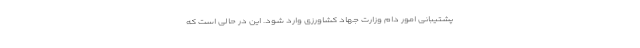
پشتیبانی امور دام وزارت جهاد کشاورزی وارد شود. این در حالی است که